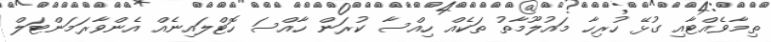
ތިމާވެއްޓާއި ގުޅޭ ހުރިހާ މަައުލޫމާތު ތަކެއް ހިއްސާ ކުރަން ހާއްސަ ހޮޓްލައިނެއް އެންވާރަމަންޓަލް